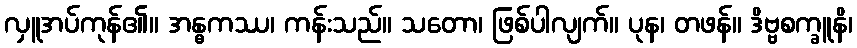
လှူအပ်ကုန်၏။ အန္ဓကဿ၊ ကန်းသည်။ သတော၊ ဖြစ်ပါလျက်။ ပုန၊ တဖန်။ ဒိဗ္ဗစက္ခူနိ၊